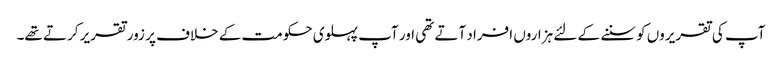
آپ کی تقریروں کو سننے کے لئے ہزاروں افراد آتے تھی اور آپ پہلوی حکومت کے خلاف پر زور تقریر کرتے تھے۔